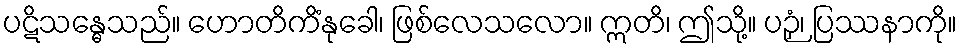
ပဋိသန္ဓေသည်။ ဟောတိကိံနုခေါ၊ ဖြစ်လေသလော။ ဣတိ၊ ဤသို့။ ပဉှံ၊ ပြဿနာကို။